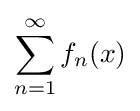
\sum _{n=1}^{\infty }f_{n}(x)